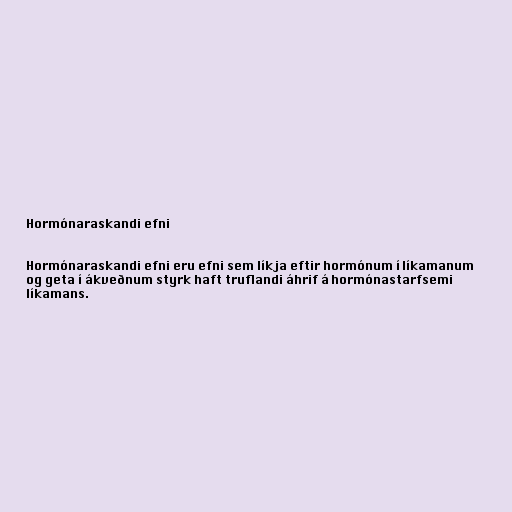
Hormónaraskandi efni

Hormónaraskandi efni eru efni sem líkja eftir hormónum í líkamanum
og geta í ákveðnum styrk haft truflandi áhrif á hormónastarfsemi
líkamans.